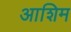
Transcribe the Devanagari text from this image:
आशिम